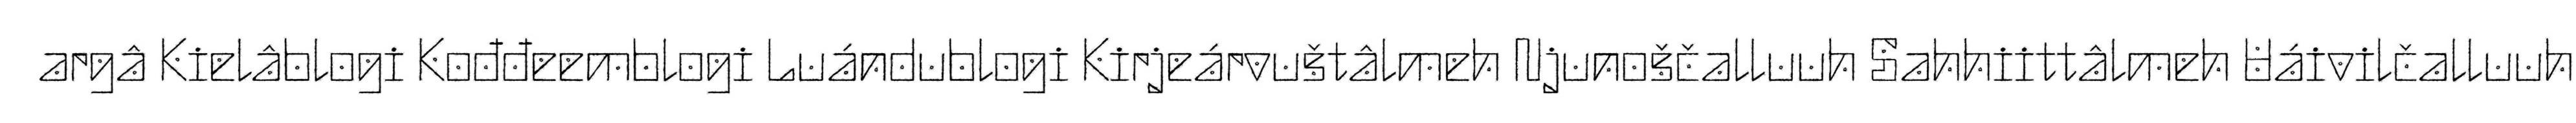
argâ Kielâblogi Kođđeemblogi Luándublogi Kirjeárvuštâlmeh Njunoščalluuh Sahhiittâlmeh Uáivilčalluuh